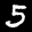
Label: 5